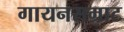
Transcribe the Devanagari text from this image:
गायनसम्राट